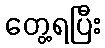
တွေ့ရပြီး